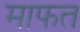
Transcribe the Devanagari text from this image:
माफत